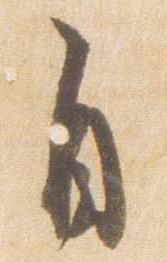
自